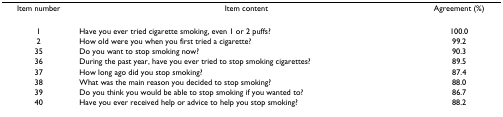
<table><thead><tr><td><b>Item number</b></td><td><b>Item content</b></td><td><b>Agreement (%)</b></td></tr></thead><tbody><tr><td>1</td><td>Have you ever tried cigarette smoking, even 1 or 2 puffs?</td><td>100.0</td></tr><tr><td>2</td><td>How old were you when you first tried a cigarette?</td><td>99.2</td></tr><tr><td>35</td><td>Do you want to stop smoking now?</td><td>90.3</td></tr><tr><td>36</td><td>During the past year, have you ever tried to stop smoking cigarettes?</td><td>89.5</td></tr><tr><td>37</td><td>How long ago did you stop smoking?</td><td>87.4</td></tr><tr><td>38</td><td>What was the main reason you decided to stop smoking?</td><td>88.0</td></tr><tr><td>39</td><td>Do you think you would be able to stop smoking if you wanted to?</td><td>86.7</td></tr><tr><td>40</td><td>Have you ever received help or advice to help you stop smoking?</td><td>88.2</td></tr></tbody></table>